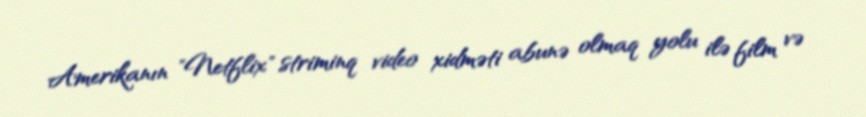
Amerikanın "Netflix" striminq video xidməti abunə olmaq yolu ilə film və